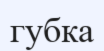
губка